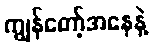
ကျွန်တော့်အနေနဲ့